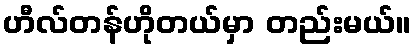
ဟီလ်တန်ဟိုတယ်မှာ တည်းမယ်။